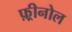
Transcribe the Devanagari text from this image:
फ़्रीनोल